Report of the Municipal Commissioner on the plague in Bombay for the year ending 31st May... - Volume 1
Disease focus: Plague
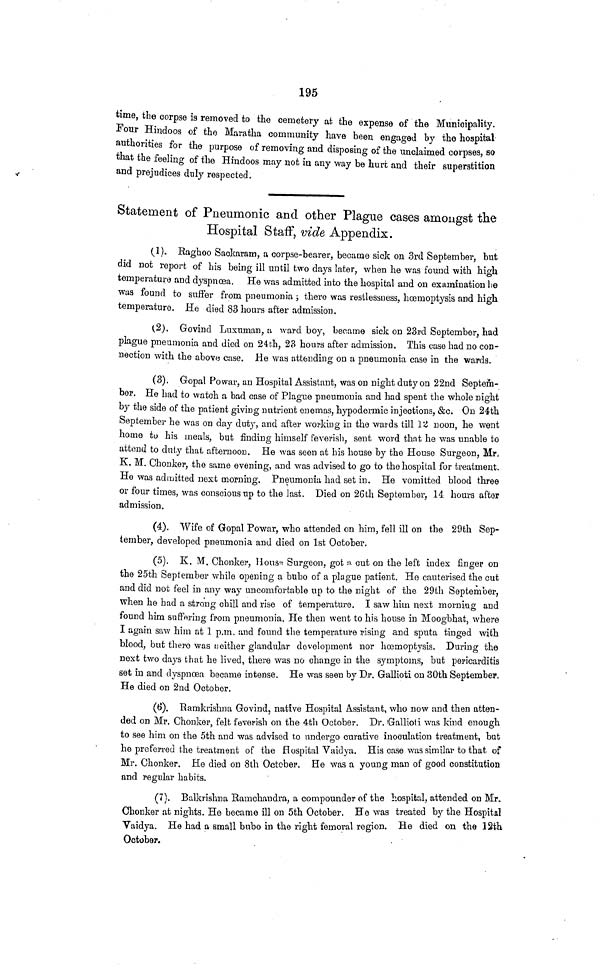
195
time, the corpse is removed to the cemetery at the expense of the Municipality.
Four Hindoos of the Maratlia community have been engaged by the hospital
authorities for the purpose of removing and disposing of the unclaimed corpses, so
that the feeling of the Hindoos may not in any way be hurt and their superstition
and prejudices duly respected.
Statement of Pneumonic and other Plague cases amongst the
Hospital Staff, vide Appendix.
(1). Baghoo Sackaram, a corpse-bearer, became sick on 3rd September, but
did not report of his being ill until two days later, when he was found with high
temperature and dyspnoea. He was admitted into the hospital and on examination he
was found to suffer from pneumonia ; there was restlessness, hoemoptysis and high
temperature. He died 83 hours after admission.
(2). Govind Luxuman, a ward boy, became sick on 23rd September, had
pkgue pneumonia and died on 24th, 23 hours after admission. This case had no con-
nection with the above case. He was attending on a pneumonia case in the wards.
(3). Gopal Powar, an Hospital Assistant, was on night duty on 22nd Septem-
ber. He had to watch a bad case of Plague pneumonia and had spent the whole night
by the side of the patient giving nutrient enemas, hypodermic injections, &c. On 24th
September he was on day duty, and after working in the wards till 12 noon, he went
home to his meals, but finding himself feverish, sent word that he was unable to
attend to duty that afternoon. He was seen at his house by the House Surgeon, Mr,
Κ. Μ. Chonker, the sume evening, and was advised to go to the hospital for treatment.
He was admitted next morning. Pneumonia had set in. He vomitted blood three
or four times, was conscious up to the last. Died on 26th September, 14 hours after
admission.
(4). Wife of Gopal Powar, who attended on him, fell ill on the 29th Sep-
tember, developed pneumonia and died on 1st October.
(5). Κ. Μ. Chonker, House Surgeon, get a cut on the left index finger on
the 25th September while opening a bubo of a plague patient. He cauterised the cut
and did not feel in any way uncomfortable up to the night of the 29th September,
when he had a strong chill and rise of temperature. I saw him next morning and
found him suffering from pneumonia. He then went to his house in Moogbhat, where
I again saw him at 1 p.m. and found the temperature rising and sputa tinged with
blood, but there was neither glandular development nor hoemoptysis. During the
next two days that he lived, there was no change in the symptoms, but pericarditis
set in and dyspnoea became intense. He was seen by Dr. Gallioti on 30th September.
He died on 2nd October.
(6). Ramkrishna Govind, native Hospital Assistant, who now and then atten-
ded on Mr. Chonker, felt feverish on the 4th October. Dr. Gallioti was kind enough
to see him on the 5th and was advised to undergo curative inoculation treatment, but
he preferred the treatment of the Hospital Vaidya. His case was similar to that of
Mr. Chonker. He died on 8th October. He was a young man of good constitution
and regular habits.
(7). Balkrishna Bamchandra, a compounder of the hospital, attended on Mr.
Chonker at nights. He became ill on 5th October. He was treated by the Hospital
Vaidya. He had a small bubo in the right femoral region. He died on the 12th
October.